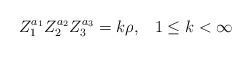
\begin{align*}Z_1^{a_1}Z_2^{a_2}Z_3^{a_3}=k\rho,\;\;\; 1\leq k<\infty\end{align*}